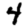
Digit: 4